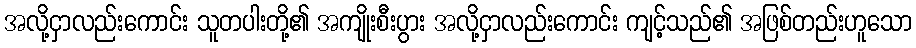
အလို့ငှာလည်းကောင်း သူတပါးတို့၏ အကျိုးစီးပွား အလို့ငှာလည်းကောင်း ကျင့်သည်၏ အဖြစ်တည်းဟူသော